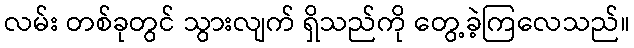
လမ်း တစ်ခုတွင် သွားလျက် ရှိသည်ကို တွေ့ခဲ့ကြလေသည်။